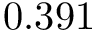
0 . 3 9 1